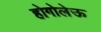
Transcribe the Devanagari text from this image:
होगोलेऊ